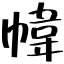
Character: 幃